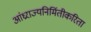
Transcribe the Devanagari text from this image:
आंध्रराज्यनिर्मितीकरिता